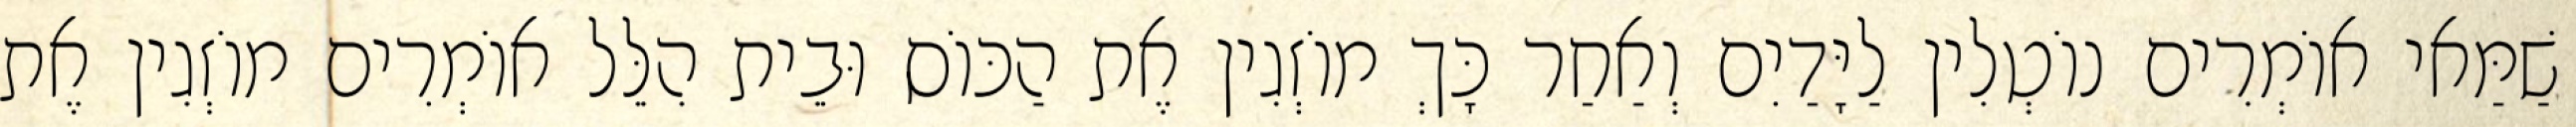
שַׁמַּאי אוֹמְרִים נוֹטְלִין לַיָּדַיִם וְאַחַר כָּךְ מוֹזְגִין אֶת הַכּוֹס וּבֵית הִלֵּל אוֹמְרִים מוֹזְגִין אֶת